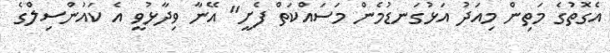
އެގޮތުގެ މަތިން މިއަދު އަޅުގަނޑުމެން މަސައްކަތް ފެށީ" އޭނާ ވިދާޅުވީ އެ ކައުންސިލްގެ